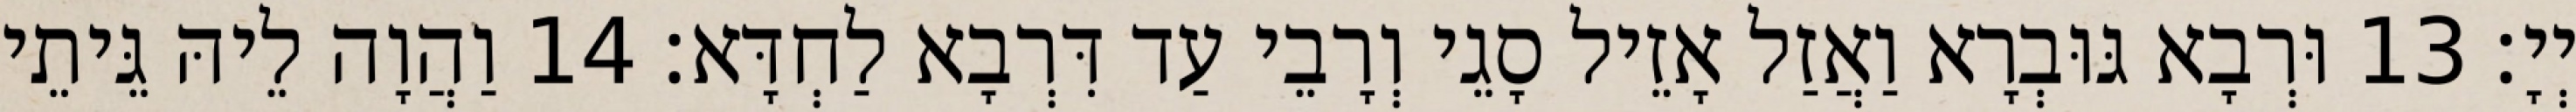
יְיָ׃ 13 וּרְבָא גּוּבְרָא וַאֲזַל אָזֵיל סָגֵי וְרָבֵי עַד דִּרְבָא לַחְדָּא׃ 14 וַהֲוָה לֵיהּ גֵּיתֵי